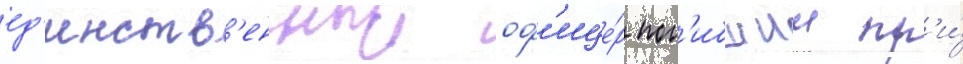
ед'инств'енныи оф'ице́р пог'ибшии пр'и́